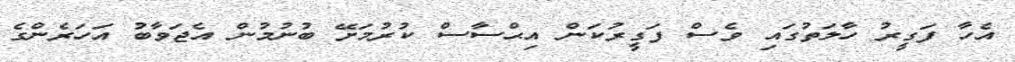
އެހާ ފަގީރު ހާލަތުގައި ވެސް ފަގީރުކަން އިޙްސާސް ކުރުމަށޭ ބުނުމުން އެޖަވާބު އަހަރެންގެ